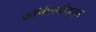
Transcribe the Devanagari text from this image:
फॉर्मएल्डीहाइड